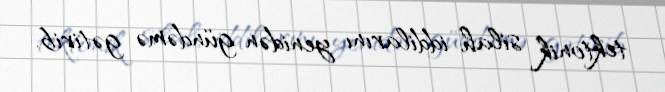
tektonik silah iddilarını yenidən gündəmə gətirib.